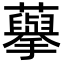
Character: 𮒾